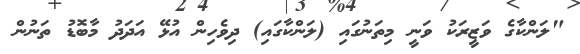
"ލަންކާގެ ވަޒީރަކު ވަނީ މިތަނުގައި (ލަންކާގައި) ދިވެހިން އުޅޭ އަދަދު މާބޮޑު ތަނުން